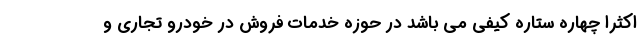
اکثرا چهاره ستاره کیفی می باشد در حوزه خدمات فروش در خودرو تجاری و